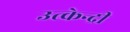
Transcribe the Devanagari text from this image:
उत्केन्द्री